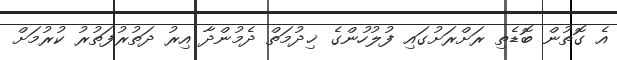
އެ ގޮތުން ބޮޑެތި ރަށްރަށުގައި ފުލުހުންގެ ޚިދުމަތް ދެމުންދާ އިރު ދަތުރުފަތުރު ކުރުމަށް